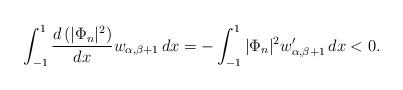
LaTeX: \begin{align*} \int_{-1}^1\frac {d\left(|\Phi_n|^2\right)}{dx} w_{\alpha,\beta+1}\,dx =-\int_{-1}^1|\Phi_n|^2 w_{\alpha,\beta+1}'\,dx <0. \end{align*}